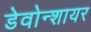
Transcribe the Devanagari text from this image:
डेवोन्शायर